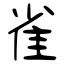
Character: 雀